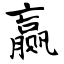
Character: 赢